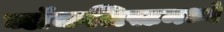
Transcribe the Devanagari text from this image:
ब्लॅकलिस्टमध्ये